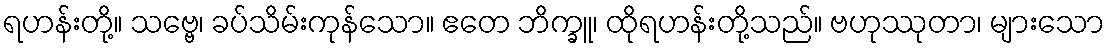
ရဟန်းတို့။ သဗ္ဗေ၊ ခပ်သိမ်းကုန်သော။ ဧတေ ဘိက္ခူ၊ ထိုရဟန်းတို့သည်။ ဗဟုဿုတာ၊ များသော